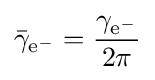
{\bar {\gamma }}_{{\text{e}}^{-}}={\frac {\gamma _{{\text{e}}^{-}}}{2\pi }}